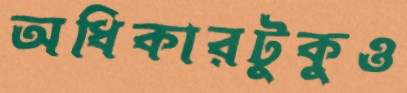
অধিকারটুকুও